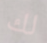
لك